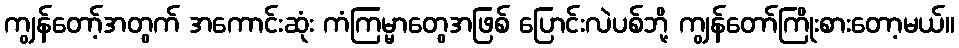
ကျွန်တော့်အတွက် အကောင်းဆုံး ကံကြမ္မာတွေအဖြစ် ပြောင်းလဲပစ်ဘို့ ကျွန်တော်ကြိုးစားတော့မယ်။